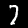
Label: 7